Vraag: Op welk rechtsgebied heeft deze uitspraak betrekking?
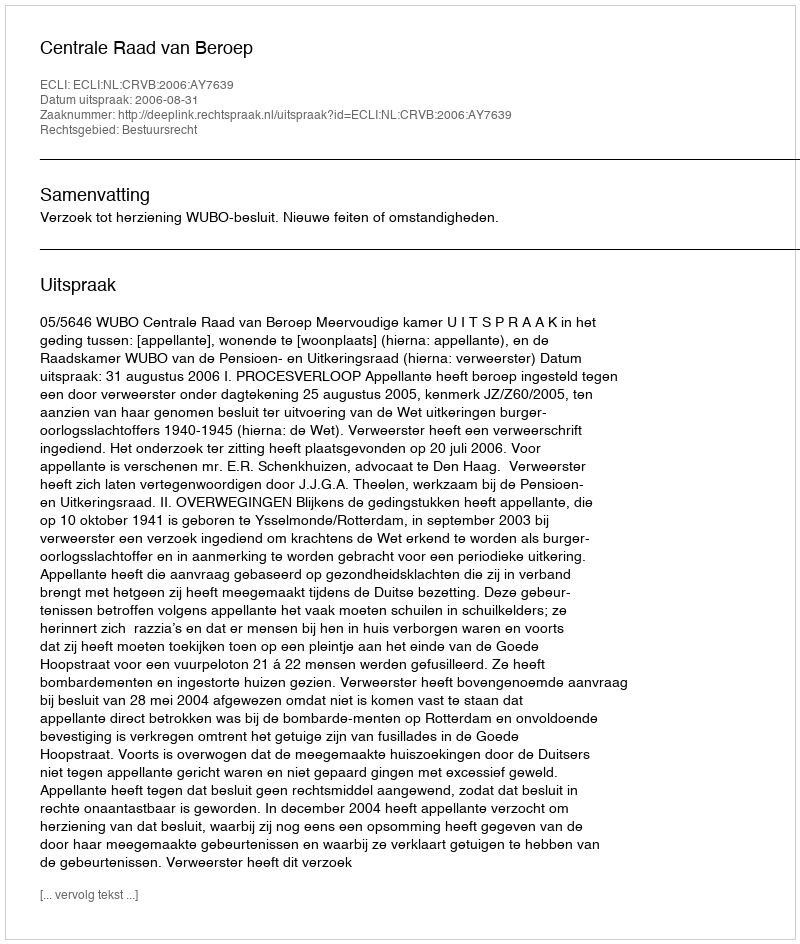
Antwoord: Bestuursrecht